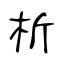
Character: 析